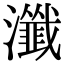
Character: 瀸